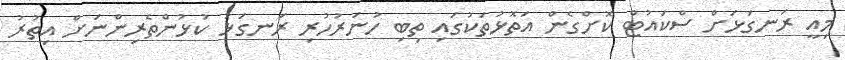
މިއީ ރަނގަޅަށް ސްކައުޓް ކޮށްގެން އަތޮޅުތަކުގައި ތިބި ހުނަރުހުރި ރަނގަޅު ކުޅުންތެރިންނަށް އިތުރު